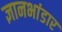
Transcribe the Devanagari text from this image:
ज्ञानभांडार